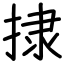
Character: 捸